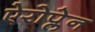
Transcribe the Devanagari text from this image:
ऐरोप्लेन